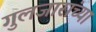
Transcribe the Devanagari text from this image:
गुलजारांच्या